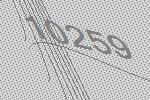
10259